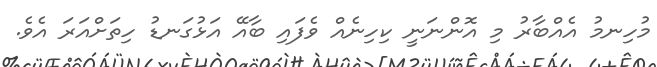
މުހިނމު އެއްބާރު މި އޮންނަނީ ކިހިނެއް ވެފައި ބާއޭ އަޅުގަނޑު ހިތަށްއަރަ އެވެ.